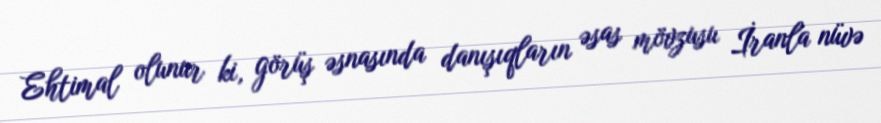
Ehtimal olunur ki, görüş əsnasında danışıqların əsas mövzusu İranla nüvə